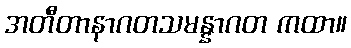
အတီတာနာဂတသမန္နာဂတ ကထာ။